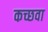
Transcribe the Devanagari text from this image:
कच्छवा